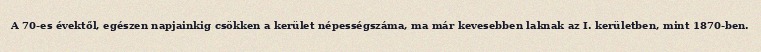
A 70-es évektől, egészen napjainkig csökken a kerület népességszáma, ma már kevesebben laknak az I. kerületben, mint 1870-ben.